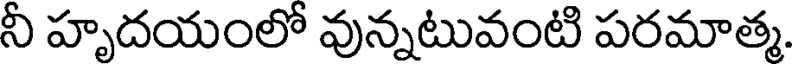
నీ హృదయంలో వున్నటువంటి పరమాత్మ